Vabadussoja_Ajaloo_Komitee, lk 35
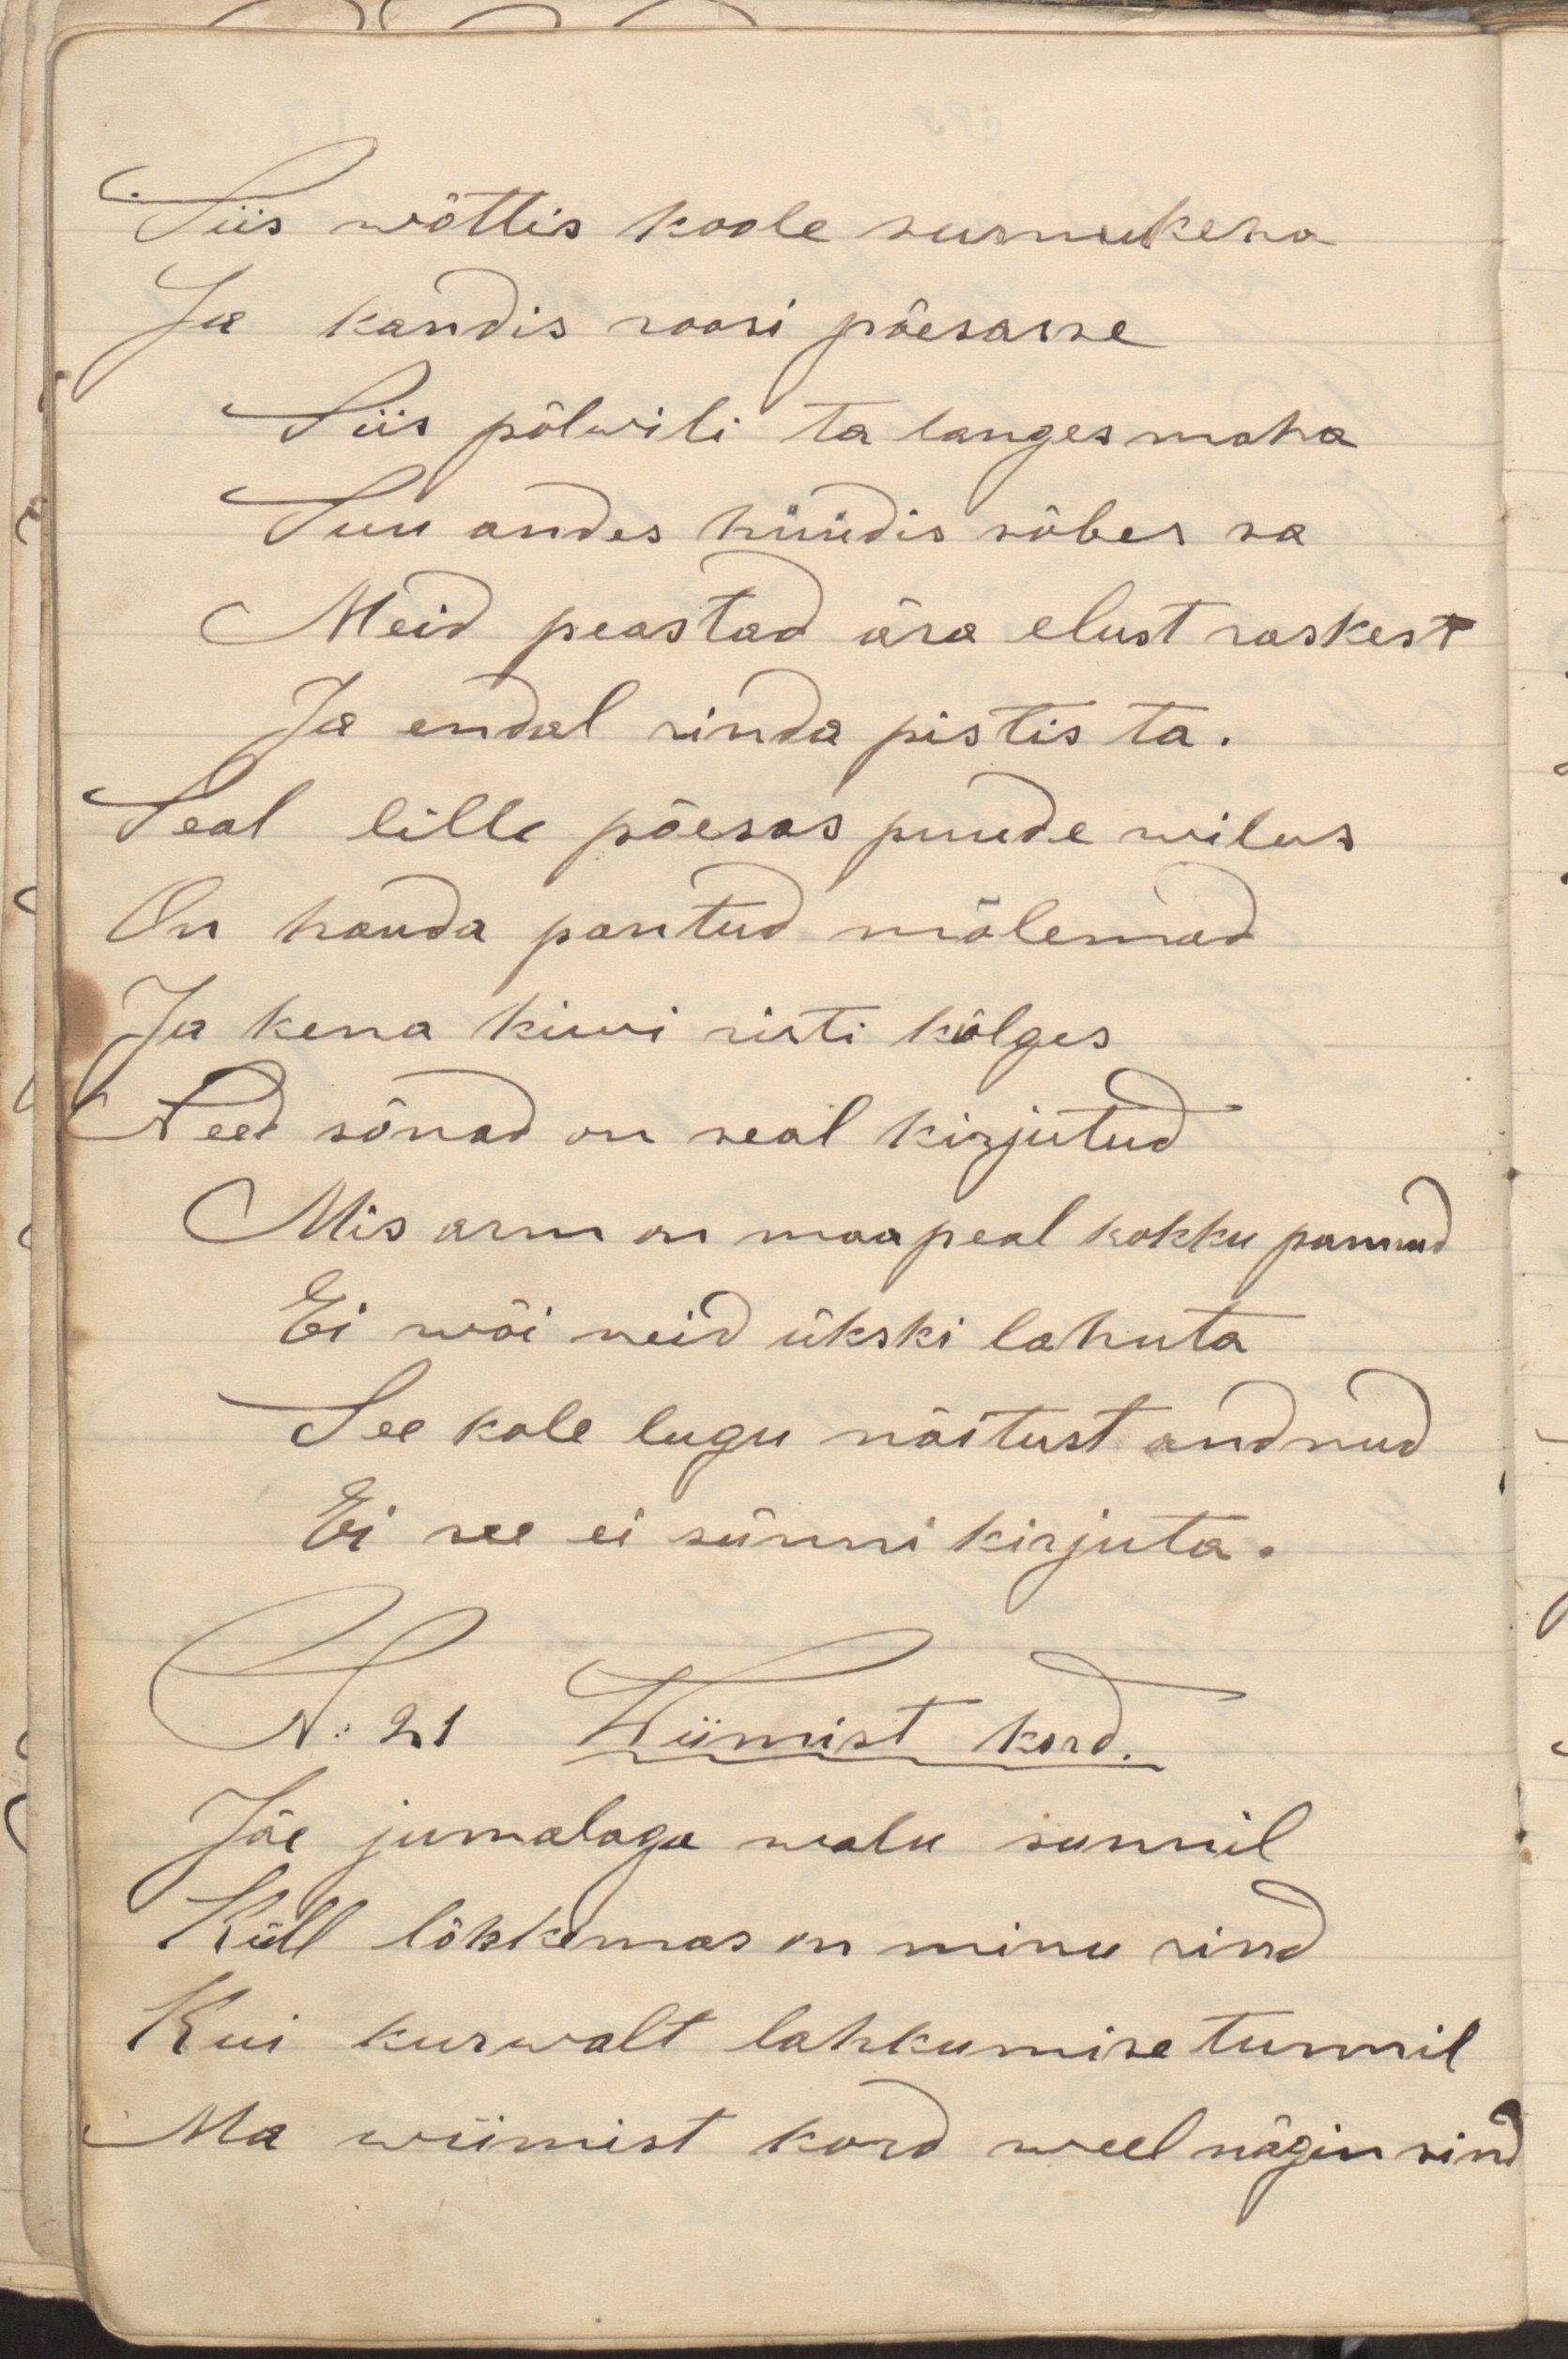
Siis wõttis hoole surnukeha
Ja kandis roosi põesasse
Siis põlwili ta langes maha
Suu andes hüüdis sõber sa
Meid peastad ära elust raskest
Ja endal rinda pistis ta.
Seal lille põesas puude wilus
On hauda pantud mõlemad
Ja kena kiwi risti külges
Need sõnad on seal kirjutud
Mis arm on maapeal kokku pannud
Ei wõi neid ükski lahuta
See kole lugu näitust andnud
Ei see ei sünni kirjuta.
N: 21 Wiimist kord.
Jäe jumalaga walu sunnil
Küll lõhkemas on minu rind
Kui kurwalt lahkumise tunnil
Ma wiimist kord weel nägin sind